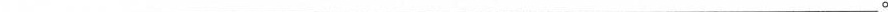
___